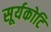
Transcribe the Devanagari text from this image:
सूर्यकोटि